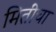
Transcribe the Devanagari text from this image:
मितींचा